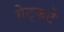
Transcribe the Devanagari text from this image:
गेट्कटे